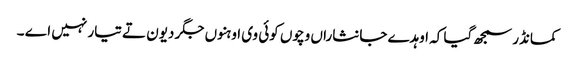
کمانڈر سمجھ گیا کہ اوہدے جانثاراں وچوں کوئی وی اوہنوں جگر دیون تے تیار نہیں اے ۔